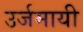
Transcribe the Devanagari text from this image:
उर्जमायी